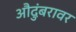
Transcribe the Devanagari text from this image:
औदुंबरावर